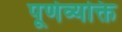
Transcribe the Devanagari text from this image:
पूर्णव्यक्ति